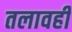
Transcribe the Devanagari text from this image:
तलावही